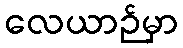
လေယာဉ်မှာ